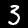
Digit: 3